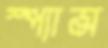
স্প্যান্স